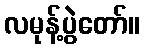
လမုန့်ပွဲတော်။